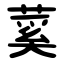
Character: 蒵